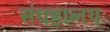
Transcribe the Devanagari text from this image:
संग्रहालयः